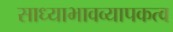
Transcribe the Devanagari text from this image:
साध्याभावव्यापकत्व